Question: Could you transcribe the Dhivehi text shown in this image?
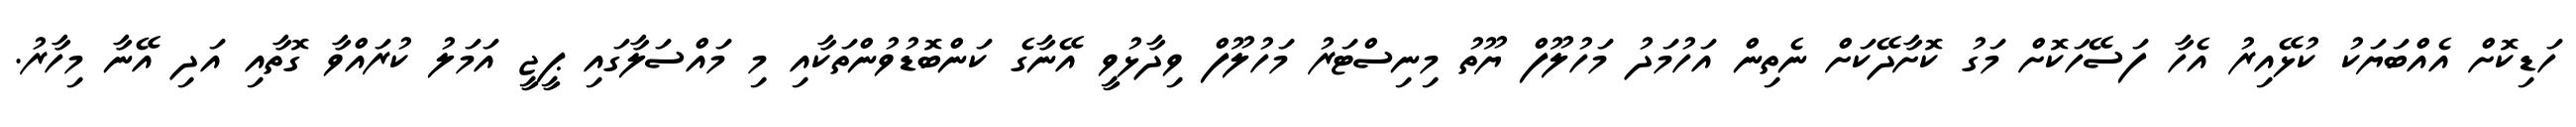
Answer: ހަޑިކޮށް އެއްބަޔަކު ކުޅޭއިރު އެހާ ފަސޭހަކޮށް މަގު ކޮށާދޭކަށް ނެތިން އަހުމަދު މަހުލޫފް ޔޫތު މިނިސްޓަރު މަހުލޫފް ވިދާޅުވީ އޭނާގެ ކަންބޮޑުވުންތަކާއި މި މައްސަލާގައި ޕީޖީ އަމަލު ކުރައްވާ ގޮތާއި އަދި އޭނާ މިހާރު.